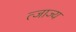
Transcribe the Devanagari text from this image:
त्जाज्य